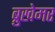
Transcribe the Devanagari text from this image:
ब्रुखेमर